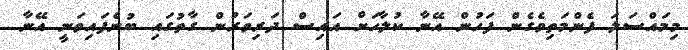
މިމައްސަލަ ފެންމަތިވެގެން ފަހުން އޭނާ ކުލާހަށް އައިސް ދަރިވަރުން ގާތުގައި ބުނެފައިވަނީ އޭނާ